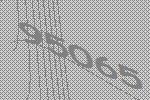
95065